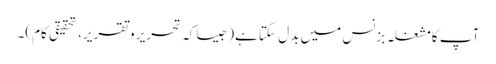
آپ کامشغلہ بزنس میں بدل سکتا ہے(جیسا کہ تحریر و تقریر، تحقیقی کام)۔